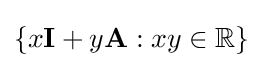
\{x{\mathbf {I}}+y{\mathbf {A}}:xy\in \mathbb {R} \}